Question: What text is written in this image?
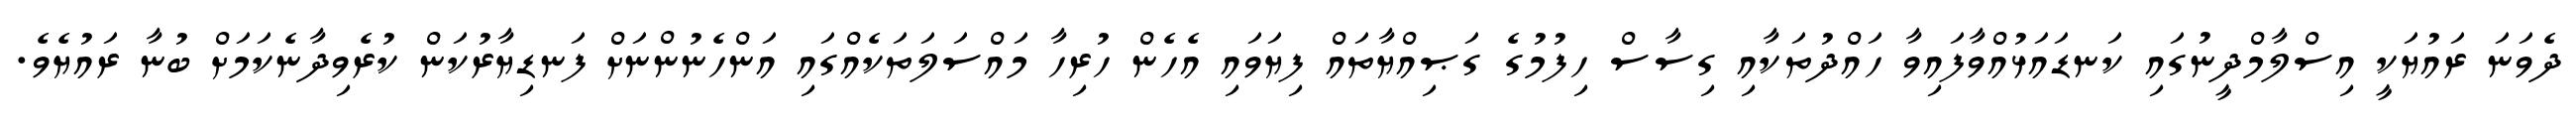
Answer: ދެވަނަ ރައުޔަކީ އިސްލާމްދީނުގައި ކަނޑައަޅުއްވާފައިވާ ހައްދުތަކާއި ގިސާސް ހިފުމުގެ ގަޞިއްޔާތައް ފިޔަވައި އެހެން ހުރިހާ މައްސަލަތަކެއްގައި އަންހެނުންނަށް ފަނޑިޔާރުކަން ކުރެވިދާނެކަމަށް ބުނާ ރައުޔެވެ.